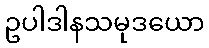
ဥပါဒါနသမုဒယော